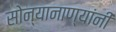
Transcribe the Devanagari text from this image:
सोन्यानाण्यांनी